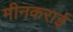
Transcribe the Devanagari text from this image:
मीनकराई